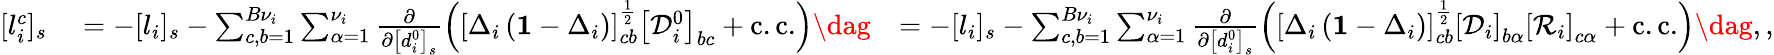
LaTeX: \begin{array}{rlr}{[l_{i}^{c}]_{s}}&{{}=-[l_{i}]_{s}-\sum_{c,b=1}^{B{\nu}_{i}}\sum_{\alpha=1}^{\nu_{i}}\frac{\partial}{\partial\left[d_{i}^{0}\right]_{s}}\left(\left[\Delta_{i}\left(\mathbf{1}-\Delta_{i}\right)\right]_{cb}^{\frac{1}{2}}\left[\mathcal{D}_{i}^{0}\right]_{bc}+\mathrm{c.c.}\right)\dag}&{=-[l_{i}]_{s}-\sum_{c,b=1}^{B{\nu}_{i}}\sum_{\alpha=1}^{\nu_{i}}\frac{\partial}{\partial\left[d_{i}^{0}\right]_{s}}\left(\left[\Delta_{i}\left(\mathbf{1}-\Delta_{i}\right)\right]_{cb}^{\frac{1}{2}}\left[\mathcal{D}_{i}\right]_{b\alpha}\left[\mathcal{R}_{i}\right]_{c\alpha}+\mathrm{c.c.}\right)\dag,,}\end{array}